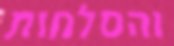
והסלחות